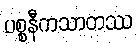
ပစ္စနီကသာတဿ